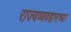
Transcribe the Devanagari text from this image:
राज्यव्यवहाराच्या